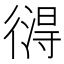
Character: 𢕚